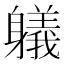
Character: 𲄯